Vaccination Hyderabad 1872-1889 - 1872-1889
Year: 1872
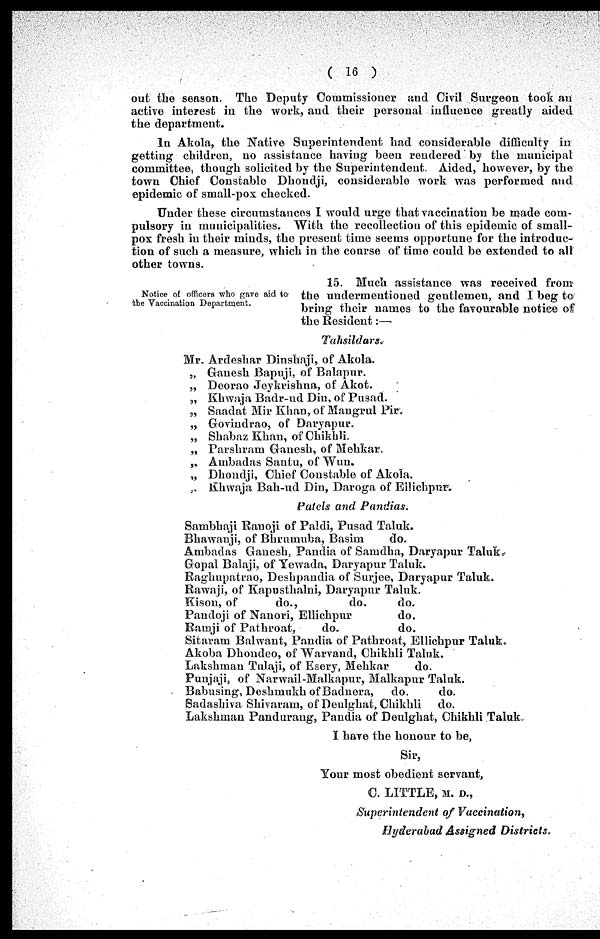
( 16
)
out the season. The Deputy Commissioner and Civil Surgeon took an
active interest in the work, and their personal influence greatly aided
the department.
In Akola, the Native Superintendent had considerable difficulty in
getting children, no assistance having been rendered by the municipal
committee, though solicited by the Superintendent. Aided, however, by the
town Chief Constable Dhondji, considerable work was performed and
epidemic of small-pox checked.
Under these circumstances I would urge that vaccination be made com-
pulsory in municipalities. With the recollection of this epidemic of small-
pox fresh in their minds, the present time seems opportune for the introduce
tion of such a measure, which in the course of time could be extended to all
other towns.
Notice of officers who gave aid to
the Vaccination Department.
15. Much assistance was received from
the undermentioned gentlemen, and I beg to
bring their names to the favourable notice of
the Resident:—
Tahsildars.
Mr. Ardeshar Dinshaji, of Akola.
„ Ganesh Bapuji, of Balapur.
„ Deorao Jeykrishna, of Akot.
„ Khwaja Badr-ud Din, of Pusad.
„ Saadat Mir Khan, of Mangrul Pir.
„ Govindrao, of Daryapur.
„ Shabaz Khan, of Chikhli.
„ Parshram Ganesh, of Mehkar.
„ Ambadas Santu, of Wun.
„ Dhondji, Chief Constable of Akola.
„ Khwaja Bah-ud Din, Daroga of Ellichpur.
Patels and Pandias.
Sambhaji Ranoji of Paldi, Pusad Taluk.
Bhawanji, of Bhrumuba, Basim
do.
Ambadas Ganesh, Pandia of Samdha, Daryapur Taluk.
Gopal Balaji, of Yewada, Daryapur Taluk.
Raghupatrao, Deshpandia of Surjee, Daryapur Taluk.
Rawaji, of Kapusthalni, Daryapur Taluk.
Kison, of
do.,
do.
do.
Pandoji of Nanori, Ellichpur
do,
Ramji of Pathroat,
do.
do.
Sitaram Balwant, Pandia of Pathroat, Ellichpur Taluk.
Akoba Dhondeo, of Warvand, Chikhli Taluk.
Lakshman Tulaji, of Esery, Mehkar
do.
Punjaji, of Narwail-Malkapur, Malkapur Taluk.
Babusing, Deshmukh of Badnera, do.
do.
Sadashiva Shivaram, of Deulghat, Chikhli do.
Lakshman Pandurang, Pandia of Deulghat, Chikhli Taluk.
I have the honour to be,
Sir,
Your most obedient servant,
C. LITTLE, M. D.,
Superintendent of Vaccination,
Hyderabad Assigned Districts.